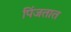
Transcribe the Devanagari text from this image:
पिंजतात